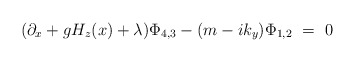
\begin{align*}(\partial _x+gH_z(x)+\lambda )\Phi _{4,3}-(m-ik_y)\Phi_{1,2}~=~0\end{align*}